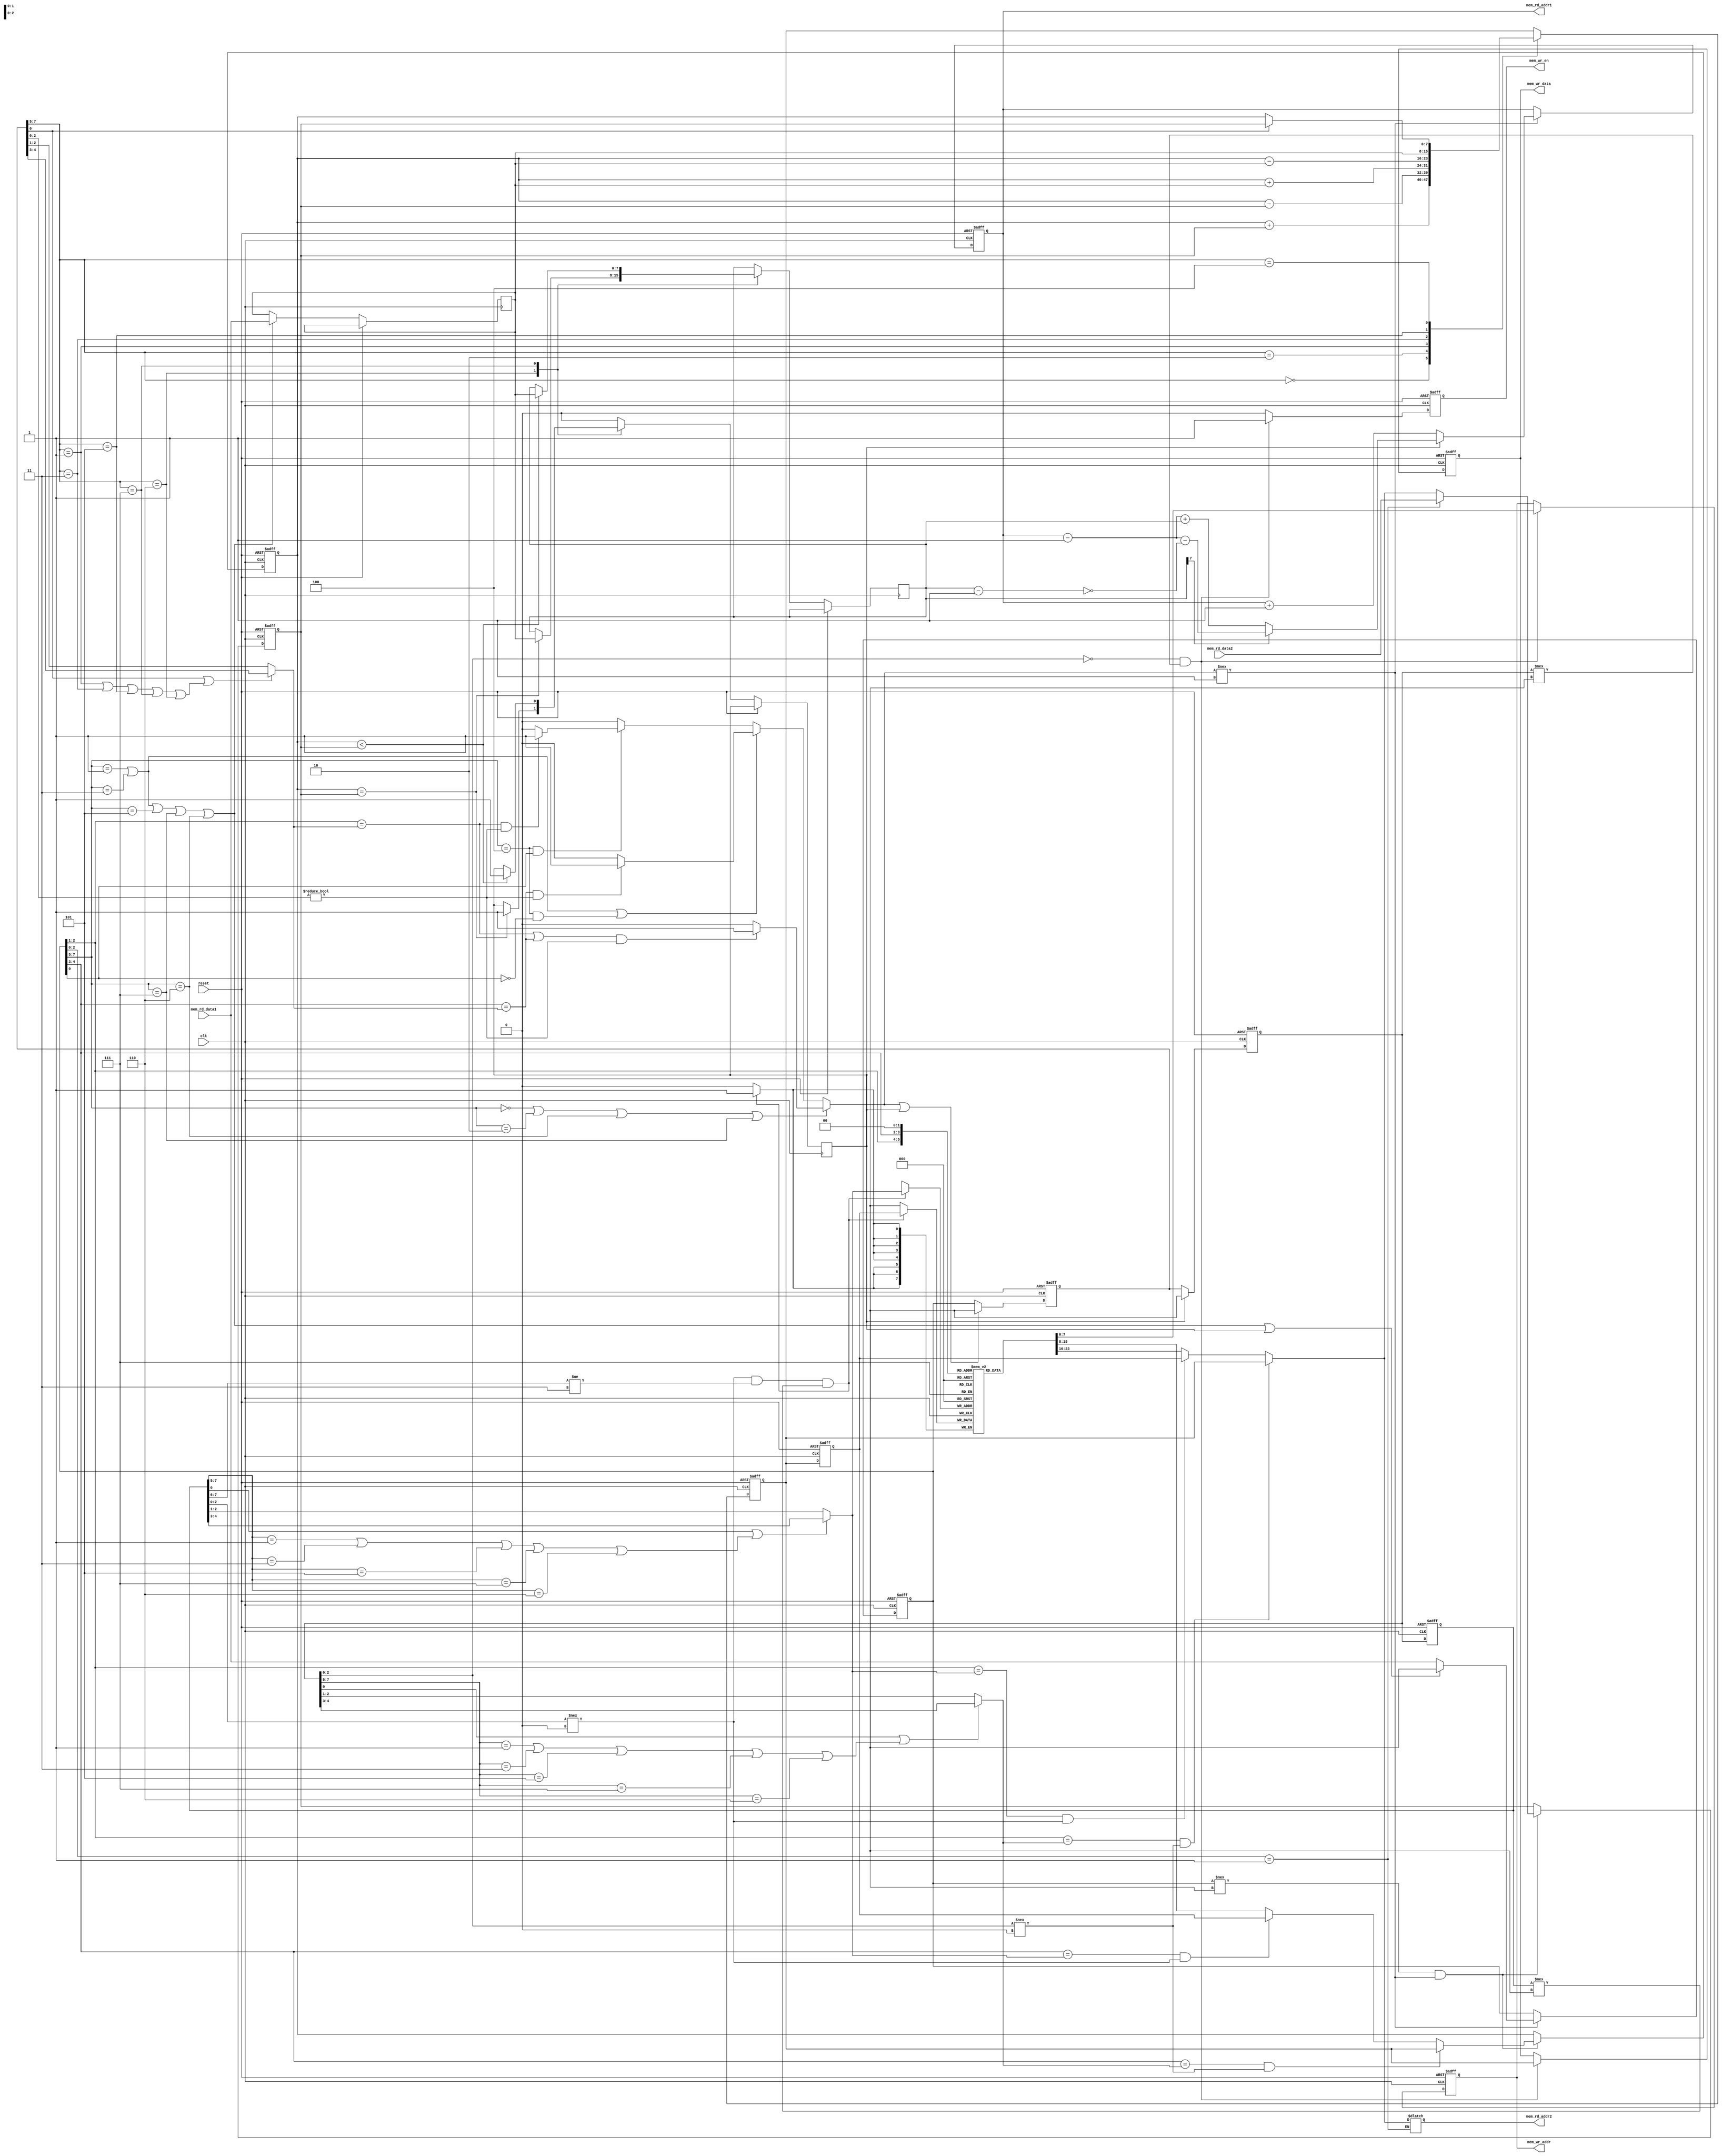
module processor(mem_wr_data, mem_wr_addr, mem_wr_en, mem_rd_data1, mem_rd_addr1,
	mem_rd_data2, mem_rd_addr2, reset, clk);
	parameter n=8;
	output reg [n-1:0] mem_wr_data;
	output reg [n-1:0] mem_wr_addr;
	output reg mem_wr_en;
	input [n-1:0] mem_rd_data1;
	output [n-1:0] mem_rd_addr1;
	input [n-1:0] mem_rd_data2;
	output [n-1:0] mem_rd_addr2;
	input reset;
	input clk;

	// debug purposes
	wire [n-1:0] REG0, REG1, REG2, REG3, OPR0, OPR1;
	assign 	REG0 = REG[0], REG1 = REG[1],
		REG2 = REG[2], REG3 = REG[3],
		OPR0 = OPR[0], OPR1 = OPR[1];
	wire [n-1:0] IR0, IR1, IR2, IR3;
	assign IR0=IR[0],IR1=IR[1],IR2=IR[2],IR3=IR[3];

	// states
	parameter [2:0]
		st_if  = 3'b000,
		st_id  = 3'b001,
		st_ex  = 3'b010,
		st_me  = 3'b011,
		st_wb  = 3'b100;

	reg[2:0] state;
	reg [n-1:0] mem_rd_addr2;
	
	// processor regs
	reg[n-1:0] PC; // program counter
	reg[n-1:0] IR [3:0]; // instruction register
	reg[n-1:0] REG [3:0]; // general-purpose registers r0-r3
	reg[n-1:0] OPR [1:0]; // operand regs to EX functional units

	assign mem_rd_addr1 = PC; // read port 1 is for instructions

	// useful for indexing in IR - modify as needed...
	parameter ir_opcode_hi = 7;
	parameter ir_opcode_lo = 5;
	parameter ir_reg1_hi = 4;
	parameter ir_reg1_lo = 3;
	parameter ir_reg0_hi = 2;
	parameter ir_reg0_lo = 1;
	parameter ir_dst = 0;

	//wire[2:0] op;
	//assign op = IR[ir_opcode_hi:ir_opcode_lo];

	// ISA
	parameter [2:0]
		add  = 3'b000,
		addi = 3'b001,
		sub  = 3'b010,
		subi = 3'b011,
		mov  = 3'b100,
		movi = 3'b101,
		beq  = 3'b110,
		blt  = 3'b111;
	parameter [n-1:0] nop = 8'h xx;

	wire wr_ops;
	assign wr_ops = (IR[0] !== nop && stall !== 1'b1);

	reg branch, stall; // branch?
	reg [n-1:0] br_off; // branch offset
	reg [n-1:0] id_r1, id_r2, ex_r1, me_r1, imm_val;
	wire wr, imm0, imm1, imm2, read2, read1, read0;

	// combinational assignments
	assign imm0 = (IR[0][7:5] == addi || IR[0][7:5] == subi || IR[0][7:5] == movi || IR[0][7:5] == blt || IR[0][7:5] == beq);
	assign imm1 = (IR[1][7:5] == addi || IR[1][7:5] == subi || IR[1][7:5] == movi || IR[1][7:5] == blt || IR[1][7:5] == beq);
	assign imm2 = (IR[2][7:5] == addi || IR[2][7:5] == subi || IR[2][7:5] == movi || IR[2][7:5] == blt || IR[2][7:5] == beq);
	assign imm3 = (IR[3][7:5] == addi || IR[3][7:5] == subi || IR[3][7:5] == movi || IR[3][7:5] == blt || IR[3][7:5] == beq);
	assign read2 = (IR[0][7:5] == add || IR[0][7:5] == sub || IR[0][7:5] == beq || IR[0][7:5] == blt);
	assign read1 = (IR[0][7:5] == addi || IR[0][7:5] == subi || (IR[0][7:5] == mov && ~IR[0][0]));
	assign read0 = (IR[0][7:5] == mov && IR[0][0]);
	
	// gets the destination of the IR and stall logic
	reg [1:0] wd_ex, wd_wb, wd_me; 
	wire df1_me, df2_me, df1_wb, df2_wb;
	assign wr  = ~(IR[0][7:5] == blt || IR[0][7:5] == beq);
	assign df1_me = (IR[0][2:1] == wd_me && IR[2][2:0] !== 3'b000);
	assign df2_me = (IR[0][4:3] == wd_me && IR[2][2:0] !== 3'b000);
	assign df1_wb = (IR[0][2:1] == wd_wb && IR[3][2:0] !== 3'b000);
	assign df2_wb = (IR[0][4:3] == wd_wb && IR[3][2:0] !== 3'b000); // the 2nd check ensures that indirect addressing cannot be forwarded

	// stall logic
	always@(*) begin
		if (read2) begin // the 2nd prevents stalling due to fake dependencies with ind. addressing
			if ((IR[0][2:1] == wd_ex || IR[0][4:3] == wd_ex) && IR[1][2:0] != 3'b000) stall <= 1'b1;
			else stall <= 1'b0;
		end else if (read1) begin
			if (IR[0][4:3] == wd_ex && IR[1][2:0] != 3'b000) stall <= 1'b1;
			else stall <= 1'b0;
		end else if (read0) begin
			if (IR[0][2:1] == wd_ex && IR[1][2:0] != 3'b000) stall <= 1'b1;
			else stall <= 1'b0;
		end else
			stall <= 1'b0;			
	end

	// data forward logic
	always@(*) begin
		if (IR[1][0] || imm1) wd_ex <= IR[1][4:3];
		else	              wd_ex <= IR[1][2:1];
		if (IR[2][0] || imm2) wd_me <= IR[2][4:3];
		else	              wd_me <= IR[2][2:1];
		if (IR[3][0] || imm3) wd_wb <= IR[3][4:3];
		else	              wd_wb <= IR[3][2:1];
	end

	// indirect addressing logic
	always@(*) begin
		if (IR[0][2:0] == 3'b001) begin
			if (df1_me) 	 mem_rd_addr2 <= ex_r1;
			else if (df1_wb) mem_rd_addr2 <= me_r1;
			else		 mem_rd_addr2 <= REG[IR[0][2:1]];
		end
	end

	// IF functional unit
	always@(posedge clk or posedge reset) begin
		if(reset) begin
			PC    <= 8'h 00;
			IR[0] <= 8'h xx;
		end else if(stall !== 1'b1) begin
			if(branch) begin 
				if (br_off[7]) PC <= PC - 1 - ~(br_off - 1);
				else	       PC <= PC - 1 + br_off;
			end else begin
				PC <= PC + 1;
			end

			if(imm0 || branch) IR[0] <= nop;
			else	 	   IR[0] <= mem_rd_data1;
		end
	end

	// ID functional unit
	always@(posedge clk or posedge reset) begin
		if(reset) begin
			IR[1] <= 8'hxx;
			id_r1 <= 8'h00;
			id_r2 <= 8'h00;
		end else begin
			if(IR[0] !== nop && stall !== 1'b1) begin
				if (IR[0][2:0] == 3'b001) begin
					id_r1 <= mem_rd_data2;
				end else begin
					if (df1_me) 	 id_r1 <= ex_r1;
					else if (df1_wb) id_r1 <= me_r1;
					else		 id_r1 <= REG[IR[0][2:1]];
				end
				if (df2_me) 	 id_r2 <= ex_r1;
				else if (df2_wb) id_r2 <= me_r1;
				else		 id_r2 <= REG[IR[0][4:3]];
			end

			if (imm0) imm_val <= mem_rd_data1;

			if (stall || branch) IR[1] <= nop;
			else 		     IR[1] <= IR[0];
		end
	end

	// EX functional unit
	always@(posedge clk or posedge reset) begin
		if (reset) begin
			IR[2] <= 8'hxx;
			ex_r1 <= 8'h00;
		end else begin
			// alu
			case(IR[1][7:5])
			add:  begin ex_r1 <= id_r2 + id_r1;	end
			sub:  begin ex_r1 <= id_r2 - id_r1;	end
			addi: begin ex_r1 <= id_r2 + imm_val;	end
			subi: begin ex_r1 <= id_r2 - imm_val;	end
			movi: begin ex_r1 <= imm_val;		end
			mov:  begin 
				if (IR[1][0]) ex_r1 <= id_r1;
				else 	      ex_r1 <= id_r2;
			end
			default: begin 				end
			endcase


			// branch resolution
			case(IR[1][7:5])
			beq: begin
				if (id_r2 == id_r1) begin
					branch <= 1'b1;
					br_off <= imm_val;
				end
			end
			blt: begin
				if (id_r2 < id_r1) begin
					branch <= 1'b1;
					br_off <= imm_val;
				end
			end
			default: begin branch <= 1'b0; end
			endcase

			if (branch) IR[2] <= nop;
			else 	    IR[2] <= IR[1];
		end
	end

	// ME functional unit
	always@(posedge clk or posedge reset) begin
		if(reset) begin
			IR[3] <= 8'hxx;
			me_r1  <= 8'h00;
			mem_wr_addr <= 8'h00;
			mem_wr_data <= 8'h00;
			mem_wr_en   <= 1'b0;
		end else begin
			if (IR[2][2:0] == 3'b000 && IR[2] !== nop) begin
				mem_wr_addr <= REG[0];
				mem_wr_data <= ex_r1;
				mem_wr_en <= 1'b1;
			end else
				mem_wr_en <= 1'b0;

			me_r1 <= ex_r1;
			IR[3] <= IR[2];
		end
	end

	// WB functional unit
	always@(posedge clk) begin
		if (IR[3][2:0] !== 3'b000 && IR[3][7:6] != 2'b11 && IR[3] !== nop) 
			REG[wd_wb] <= me_r1;
	end

endmodule